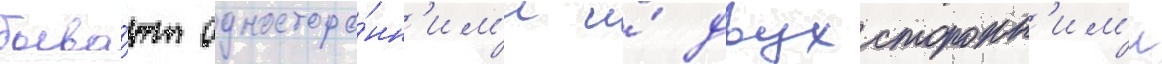
быва́ют односторо́нн'им'и и́ двухсторонн'им'и